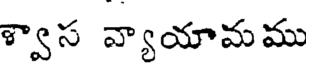
శ్వాస వ్యాయామము